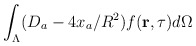
\begin{align*}\int_{\Lambda}(D_a-4x_a/R^2)f({\bf r},\tau)d\Omega\end{align*}